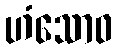
ဟံသောဝ